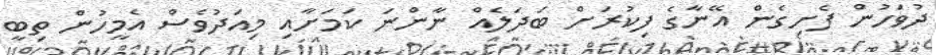
ދުވަހުން ފެށިގެން އޭނާގެ ފިކުރަށް ބަދަލެއް ނާންނަ ކަމަށާއި މިއަދުވެސް އެމީހުން ތިބީ